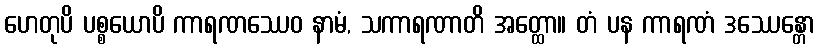
ဟေတုပိ ပစ္စယောပိ ကာရဏဿေဝ နာမံ, သကာရဏာတိ အတ္ထော။ တံ ပန ကာရဏံ ဒဿေန္တော